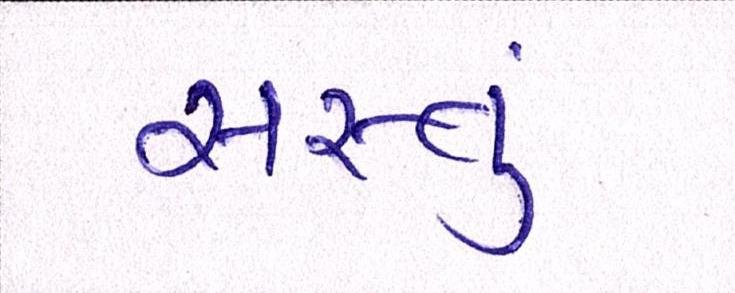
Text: સસ્તું